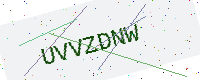
Text: UVVZDNW